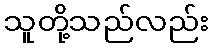
သူတို့သည်လည်း